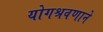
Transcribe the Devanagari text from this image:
योगश्रवणाने